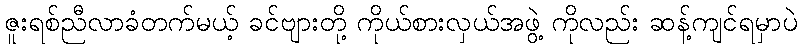
ဇူးရစ်ညီလာခံတက်မယ့် ခင်ဗျားတို့ ကိုယ်စားလှယ်အဖွဲ့ ကိုလည်း ဆန့်ကျင်ရမှာပဲ